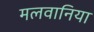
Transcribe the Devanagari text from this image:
मलवानिया